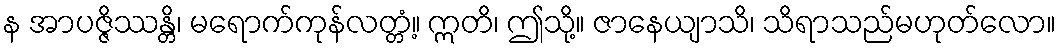
န အာပဇ္ဇိဿန္တိ၊ မရောက်ကုန်လတ္တံ့။ ဣတိ၊ ဤသို့။ ဇာနေယျာသိ၊ သိရာသည်မဟုတ်လော။